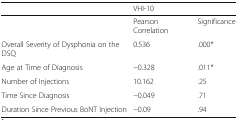
|  | VHI-10 |  |
 | --- | --- | --- |
 |  | Pearson Correlation | Significance |
 | Overall Severity of Dysphonia on the DSQ | 0.536 | .000* |
 | Age at Time of Diagnosis | −0.328 | .011* |
 | Number of Injections | 10.162 | .25 |
 | Time Since Diagnosis | −0.049 | .71 |
 | Duration Since Previous BoNT Injection | −0.09 | .94 |